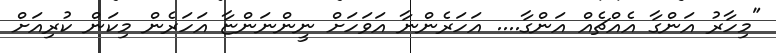
"މިހާރު އަންގާ އެއްޗެއް އަންގާ.... އަހަރެންނާ އަވަހަށް ނީންނަންޏާ އަހަރެން މިކަން ކުރިއަށް